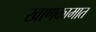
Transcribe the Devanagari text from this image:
खाणकामात